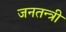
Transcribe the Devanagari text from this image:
जनतन्त्री